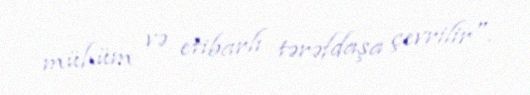
mühüm və etibarlı tərəfdaşa çevrilir".